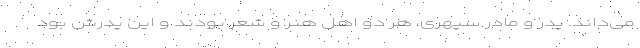
می‌داند. پدر و مادر سپهری، هر دو اهل هنر و شعر بودند و این پدرش بود